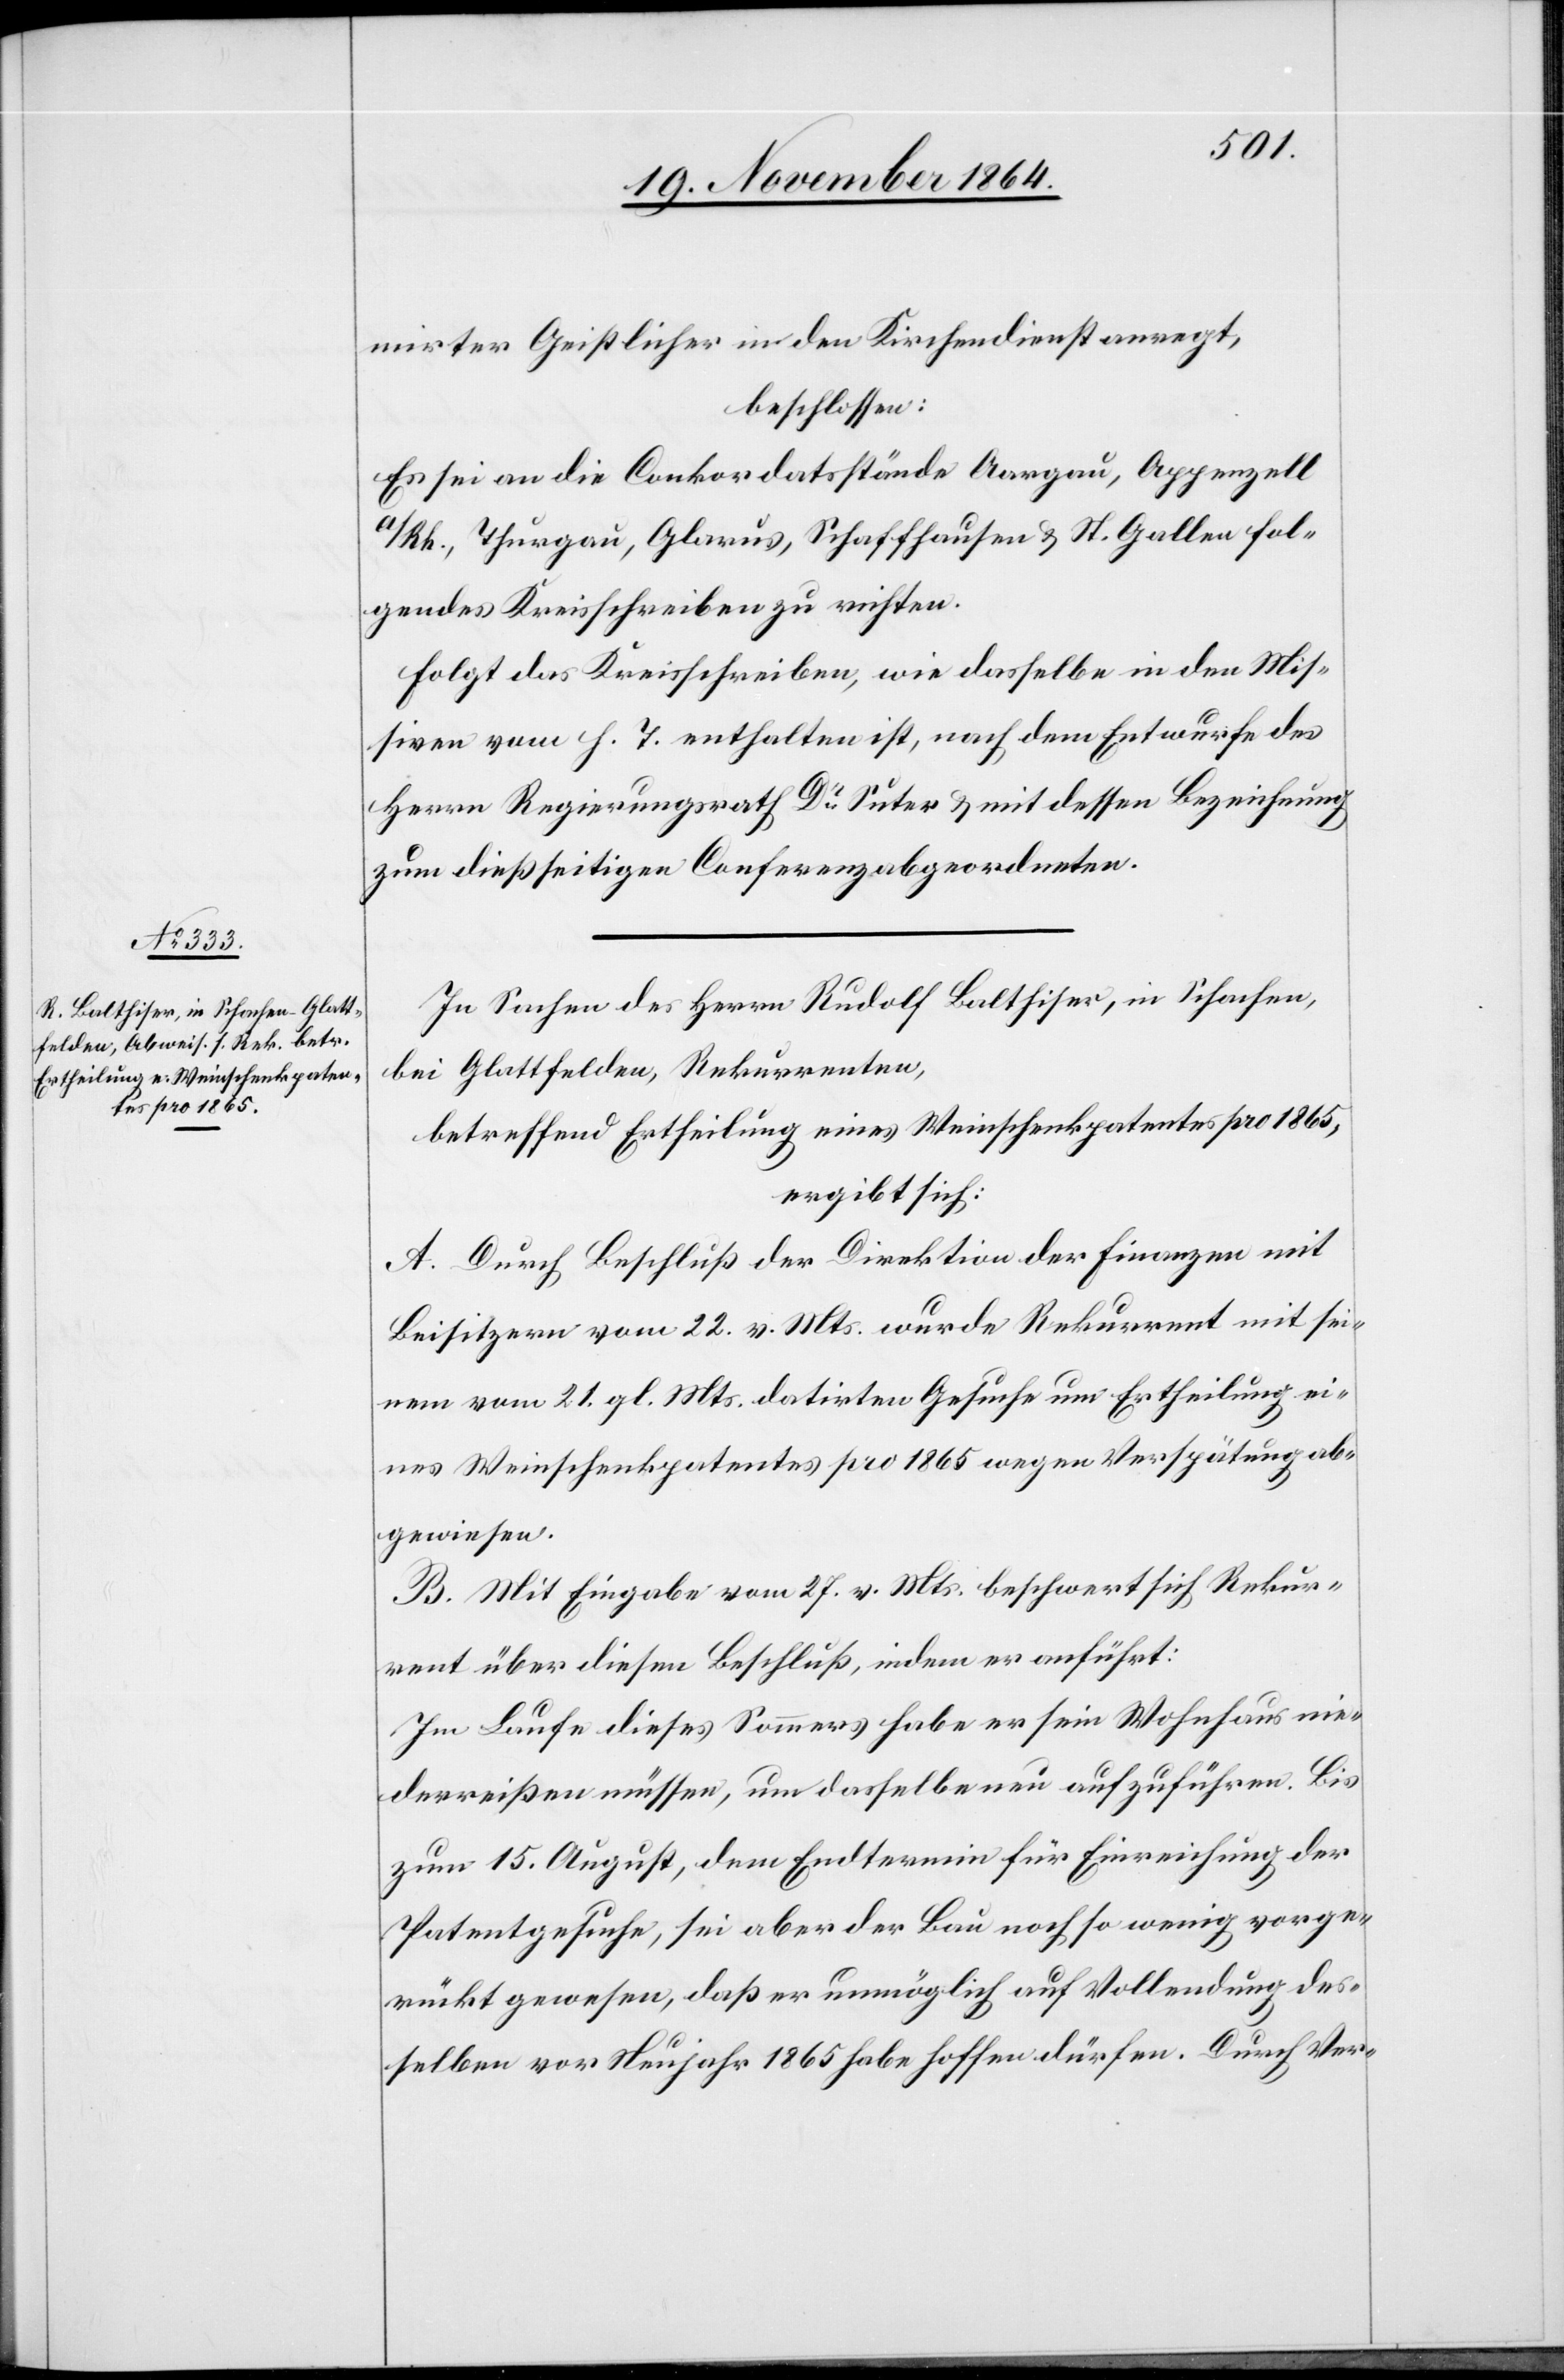
& St.
mirter Geistlicher in den Kirchendienst anregt,
beschlossen:
Es sei an die Conkordatsstände Aargau, Appenzell
folgendes Kreisschreiben zu richten.
Folgt das Kreisschreiben, wie dasselbe in den Mis¬
siven vom h. T. enthalten ist, nach dem Entwurfe des
Herrn Regierungsrath Dr Suter & mit dessen Bezeichnung
zum dießseitigen Conferenzabgeordneten.
In Sachen des Herrn Rudolf Balthiser, in Schachen,
bei Glattfelden, Rekurrenten,
betreffend Ertheilung eines Weinschenkpatentes pro 1865,
ergibt sich:
A. Durch Beschluß der Direktion der Finanzen mit
Beisitzern vom 22. v. Mts. wurde Rekurrent mit sei¬
nem vom 21. gl. Mts. datirten Gesuche um Ertheilung ei¬
nes Weinschenkpatentes pro 1865 wegen Verspätung ab¬
gewiesen.
B. Mit Eingabe vom 27. v. Mts. beschwert sich Rekur¬
rent über diesen Beschluß, indem er anführt:
Im Laufe dieses Sommers habe er sein Wohnhaus nie¬
derreißen müssen, um dasselbe neu aufzuführen. Bis
zum 15. August, dem Endtermin für Einreichung der
Patentgesuche, sei aber der Bau noch so wenig vorge¬
rückt gewesen, daß er unmöglich auf Vollendung des¬
selben vor Neujahr 1865 habe hoffen dürfen. Durch Ver-